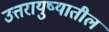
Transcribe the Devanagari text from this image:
उत्तरायुष्यातील